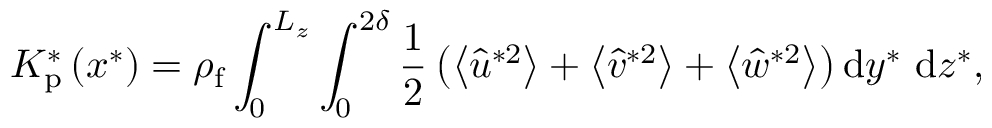
K _ { \mathrm { p } } ^ { * } \left( x ^ { * } \right) = \rho _ { \mathrm { f } } \int _ { 0 } ^ { L _ { z } } \int _ { 0 } ^ { 2 \delta } \frac { 1 } { 2 } \left( \left\langle \hat { u } ^ { * 2 } \right\rangle + \left\langle \hat { v } ^ { * 2 } \right\rangle + \left\langle \hat { w } ^ { * 2 } \right\rangle \right) \mathrm { d } y ^ { * } \mathrm { ~ d } z ^ { * } ,